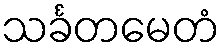
သင်္ခတမေတံ